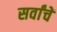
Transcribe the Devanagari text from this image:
सर्वांचें